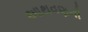
આથવણની